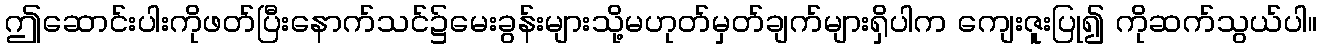
ဤဆောင်းပါးကိုဖတ်ပြီးနောက်သင်၌မေးခွန်းများသို့မဟုတ်မှတ်ချက်များရှိပါက ကျေးဇူးပြု၍ ကိုဆက်သွယ်ပါ။